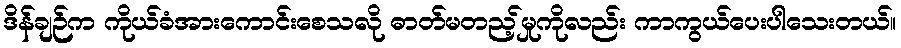
ဒိန်ချဉ်က ကိုယ်ခံအားကောင်းစေသလို ဓာတ်မတည့်မှုကိုလည်း ကာကွယ်ပေးပါသေးတယ်။